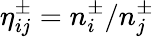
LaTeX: \eta_{ij}^{\pm}=n_{i}^{\pm}/n_{j}^{\pm}